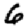
Digit: 6